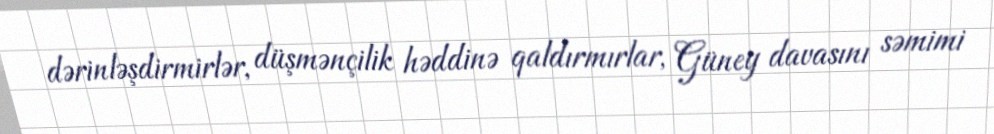
dərinləşdirmirlər, düşmənçilik həddinə qaldırmırlar, Güney davasını səmimi